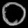
Digit: ၀